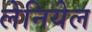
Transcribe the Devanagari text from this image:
लेनियेल